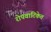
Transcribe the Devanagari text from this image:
रोपवाटिकेत